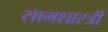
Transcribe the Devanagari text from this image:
सामशास्त्री